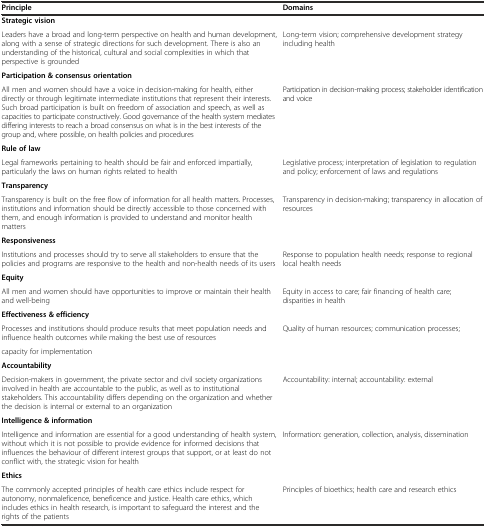
<table><thead><tr><td><b>Principle</b></td><td><b>Domains</b></td></tr></thead><tbody><tr><td><b>Strategic vision</b></td><td></td></tr><tr><td>Leaders have a broad and long-term perspective on health and human development, along with a sense of strategic directions for such development. There is also an understanding of the historical, cultural and social complexities in which that perspective is grounded</td><td>Long-term vision; comprehensive development strategy including health</td></tr><tr><td><b>Participation &amp; consensus orientation</b></td><td></td></tr><tr><td>All men and women should have a voice in decision-making for health, either directly or through legitimate intermediate institutions that represent their interests. Such broad participation is built on freedom of association and speech, as well as capacities to participate constructively. Good governance of the health system mediates differing interests to reach a broad consensus on what is in the best interests of the group and, where possible, on health policies and procedures</td><td>Participation in decision-making process; stakeholder identification and voice</td></tr><tr><td><b>Rule of law</b></td><td></td></tr><tr><td>Legal frameworks pertaining to health should be fair and enforced impartially, particularly the laws on human rights related to health</td><td>Legislative process; interpretation of legislation to regulation and policy; enforcement of laws and regulations</td></tr><tr><td><b>Transparency</b></td><td></td></tr><tr><td>Transparency is built on the free flow of information for all health matters. Processes, institutions and information should be directly accessible to those concerned with them, and enough information is provided to understand and monitor health matters</td><td>Transparency in decision-making; transparency in allocation of resources</td></tr><tr><td><b>Responsiveness</b></td><td></td></tr><tr><td>Institutions and processes should try to serve all stakeholders to ensure that the policies and programs are responsive to the health and non-health needs of its users</td><td>Response to population health needs; response to regional local health needs</td></tr><tr><td><b>Equity</b></td><td></td></tr><tr><td>All men and women should have opportunities to improve or maintain their health and well-being</td><td>Equity in access to care; fair financing of health care; disparities in health</td></tr><tr><td><b>Effectiveness &amp; efficiency</b></td><td></td></tr><tr><td>Processes and institutions should produce results that meet population needs and influence health outcomes while making the best use of resources</td><td>Quality of human resources; communication processes;</td></tr><tr><td>capacity for implementation</td><td></td></tr><tr><td><b>Accountability</b></td><td></td></tr><tr><td>Decision-makers in government, the private sector and civil society organizations involved in health are accountable to the public, as well as to institutional stakeholders. This accountability differs depending on the organization and whether the decision is internal or external to an organization</td><td>Accountability: internal; accountability: external</td></tr><tr><td><b>Intelligence &amp; information</b></td><td></td></tr><tr><td>Intelligence and information are essential for a good understanding of health system, without which it is not possible to provide evidence for informed decisions that influences the behaviour of different interest groups that support, or at least do not conflict with, the strategic vision for health</td><td>Information: generation, collection, analysis, dissemination</td></tr><tr><td><b>Ethics</b></td><td></td></tr><tr><td>The commonly accepted principles of health care ethics include respect for autonomy, nonmaleficence, beneficence and justice. Health care ethics, which includes ethics in health research, is important to safeguard the interest and the rights of the patients</td><td>Principles of bioethics; health care and research ethics</td></tr></tbody></table>